Annual returns of the Patna Lunatic Asylum at Bankipore in Bihar and Orissa - 1912-1924
Year: 1912
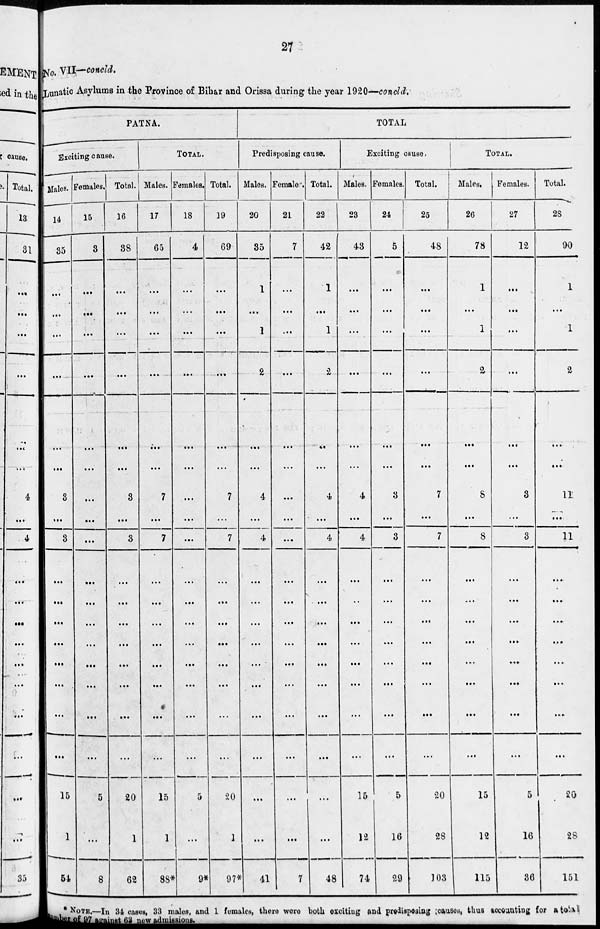
27
No. VII— concld.
Lunatic Asylums in the Province of Bihar and Orissa during the year 1920—concld.
PATNA.
Exciting cause.
Males.
14
35
...
...
...
...
...
...
3
...
3
...
...
...
...
...
...
...
...
15
1
54
Females.
15
3
...
...
...
...
...
...
...
...
...
...
...
...
...
...
...
...
...
5
...
8
Total.
16
38
...
...
...
...
...
...
3
...
3
...
...
...
...
...
...
...
...
20
1
62
TOTAL.
Males.
17
65
...
...
...
...
...
...
7
...
7
...
...
...
...
...
...
...
...
15
1
88*
Females.
18
4
...
...
...
...
...
...
...
...
...
...
...
...
...
...
...
...
...
5
...
9*
Total.
19
69
...
...
...
...
...
...
7
...
7
...
...
...
...
...
...
...
...
20
1
97*
TOTAL
Predisposing causa.
Males.
20
35
1
...
1
2
...
...
4
...
4
...
...
...
...
...
...
...
...
...
...
41
Female.
21
7
...
...
...
...
...
...
...
...
...
...
...
...
...
...
...
...
...
...
...
7
Total.
22
42
1
...
1
2
...
...
4
...
4
...
...
...
...
...
...
...
...
...
...
48
Exciting cause.
Males.
23
43
...
...
...
...
...
...
4
...
4
...
...
...
...
...
...
...
...
15
12
74
Females.
24
5
...
...
...
...
...
...
3
...
3
...
...
...
...
...
...
...
...
5
16
29
Total.
25
48
...
...
...
...
...
...
7
...
7
...
...
...
...
...
...
...
...
20
28
103
TOTAL.
Males.
26
78
1
...
1
2
...
...
8
...
8
...
...
...
...
...
...
...
...
15
12
115
Females.
27
12
...
...
...
...
...
...
3
...
3
...
...
...
...
...
...
...
...
5
16
36
Total.
28
90
1
...
1
2
...
...
11
...
11
...
...
...
...
...
...
...
...
20
28
151
* NOTE.—In 34 cases, 33 males, and 1 females, there were both exciting and predispoesing causes, thus accounting for a total